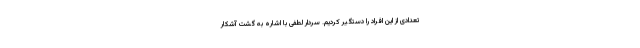
تعدادی از این افراد را دستگیر کردیم. سردار لطفی با اشاره به گشت آشکار